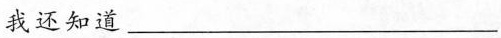
我还知道___